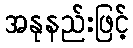
အနုနည်းဖြင့်